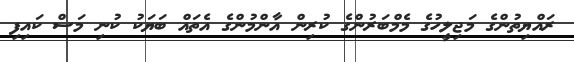
ރައްޔިތުންގެ މަޖިލީހުގެ މެމްބަރުންގެ ކުރިން އާންމުންގެ އެތައް ބަޔަކު ކުނި މަސް ކައިފި